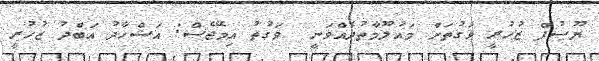
ޔޫސުފް ޒުހުރީ ވަގުތަށް މައުލޫމާތުދެއްވަނީ  ވަގުތު އިމޭޖެސް: އަޝްހާދު އަބްދު ޒުހުރީ